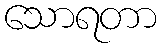
သောရတာ